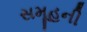
સમૂહની